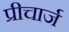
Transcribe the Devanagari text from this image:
प्रीचार्ज